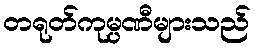
တရုတ်ကုမ္ပဏီများသည်